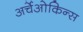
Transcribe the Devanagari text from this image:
अर्चेओकिन्स